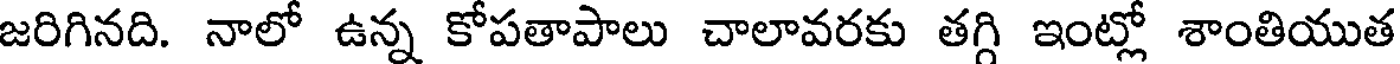
జరిగినది. నాలో ఉన్న కోపతాపాలు చాలావరకు తగ్గి ఇంట్లో శాంతియుత